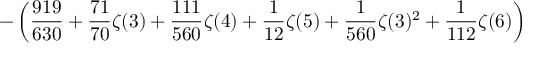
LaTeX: \displaystyle - \left( \frac { 9 1 9 } { 6 3 0 } + \frac { 7 1 } { 7 0 } \zeta ( 3 ) + \frac { 1 1 1 } { 5 6 0 } \zeta ( 4 ) + \frac { 1 } { 1 2 } \zeta ( 5 ) + \frac { 1 } { 5 6 0 } \zeta ( 3 ) ^ { 2 } + \frac { 1 } { 1 1 2 } \zeta ( 6 ) \right)